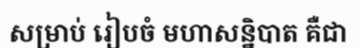
សម្រាប់ រៀបចំ មហាសន្និបាត គឺជា